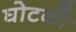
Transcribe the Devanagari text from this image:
घोटकी